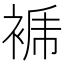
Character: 𧚜